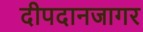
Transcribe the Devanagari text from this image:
दीपदानजागर